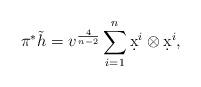
LaTeX: \begin{align*}\pi^* \tilde{h} = v^{\frac{4}{n-2}} \sum_{i = 1}^n \d x^i \otimes \d x^i,\end{align*}